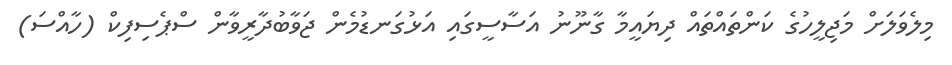
މިލެވަލަށް މަޖިލީހުގެ ކަންތައްތައް ދިޔައީމާ ގާނޫނު އަސާސީގައި އަޅުގަނޑުމެން ޖަވާބުދާރީވާން ސްޕެސިފިކް (ހާއްސަ)